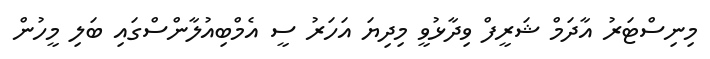
މިނިސްޓަރު އާދަމް ޝަރީފް ވިދާޅުވީ މިދިޔަ އަހަރު ސީ އެމްބިއުލާންސްގައި ބަލި މީހުން